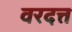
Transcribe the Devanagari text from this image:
वरदत्त